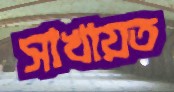
সাখায়ত